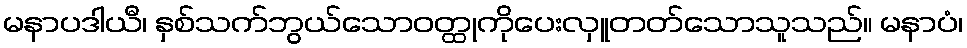
မနာပဒါယီ၊ နှစ်သက်ဘွယ်သောဝတ္ထုကိုပေးလှူတတ်သောသူသည်။ မနာပံ၊